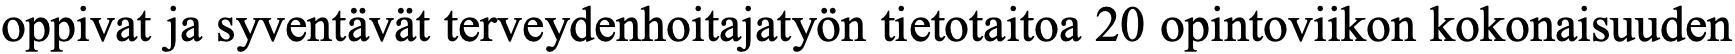
oppivat ja syventävät terveydenhoitajatyön tietotaitoa 20 opintoviikon kokonaisuuden